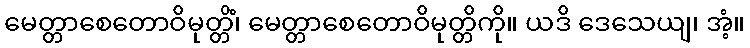
မေတ္တာစေတောဝိမုတ္တိံ၊ မေတ္တာစေတောဝိမုတ္တိကို။ ယဒိ ဒေသေယျ၊ အံ့။